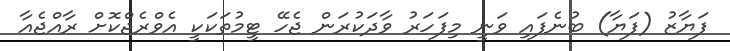
ފަޔާޒު (ފަޔާ) ބުނެފައި ވަނީ މިފަހަރު ވާދަކުރަން ޖެހޭ ޓީމުތަކަކީ އެވްރެޖްކޮށް ރާއްޖެއާ